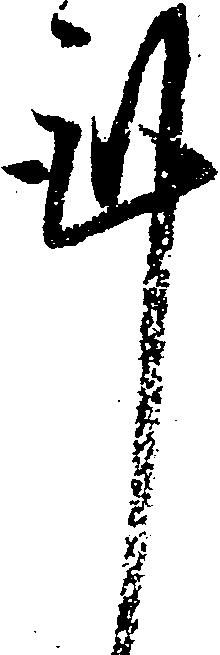
謹